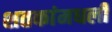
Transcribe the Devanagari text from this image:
शतकांमधली